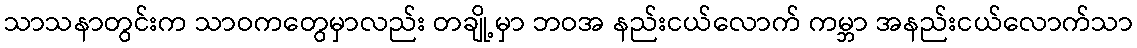
သာသနာတွင်းက သာဝကတွေမှာလည်း တချို့မှာ ဘဝအ နည်းငယ်လောက် ကမ္ဘာ အနည်းငယ်လောက်သာ